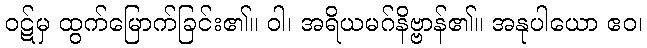
ဝဋ်မှ ထွက်မြောက်ခြင်း၏။ ဝါ၊ အရိယမဂ်နိဗ္ဗာန်၏။ အနုပါယော ဧဝ၊